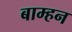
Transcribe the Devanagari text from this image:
बाम्हन